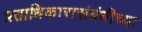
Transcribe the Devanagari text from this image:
प्रताधिकारासंबंधीच्या